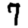
Digit: 7